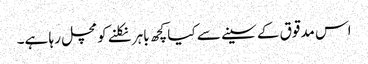
اس مدقوق کے سینے سے کیا کچھ باہر نکلنے کومچل رہا ہے۔